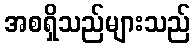
အစရှိသည်များသည်